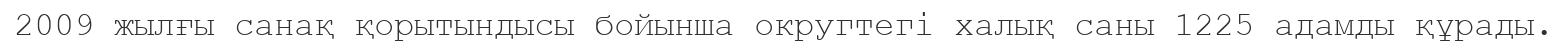
2009 жылғы санақ қорытындысы бойынша округтегі халық саны 1225 адамды құрады.